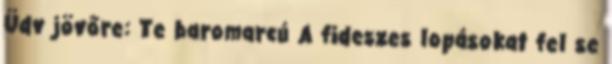
Üdv jövőre: Te baromarcú A fideszes lopásokat fel se